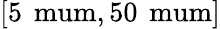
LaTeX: [5\, \mathrm{\ mum},50\, \mathrm{\ mum}]